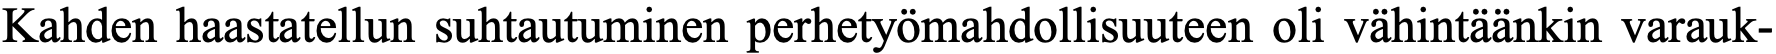
Kahden haastatellun suhtautuminen perhetyömahdollisuuteen oli vähintäänkin varauk-